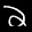
Label: 2